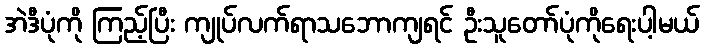
အဲဒီပုံကို ကြည့်ပြီး ကျုပ်လက်ရာသဘောကျရင် ဦးသူတော်ပုံကိုရေးပါ့မယ်